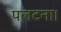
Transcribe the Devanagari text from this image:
पलटना।